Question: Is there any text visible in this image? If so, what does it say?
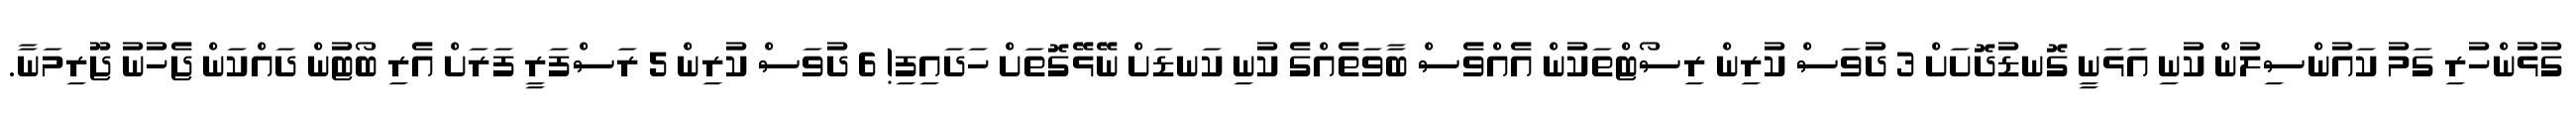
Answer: ގުޅުންހުރި ގަމު ކައުންސިލުން ކުނި އަޅަނީ ގޮނޑުދޮށަށް 3 ދުވަސް ކުރިން ރިސޯޓްތަކުން އެއްވެސް ބާވަތެއްގެ ކުނި ކަނޑަށް ނޭޅޭގޮތަށް ހަދައިފި! 6 ދުވަސް ކުރިން 5 ރަސްފަރީ ފަރަށް އެރި ބޯޓުން ދައްކަން ޖެހުނު ޖޫރިމަނާ.